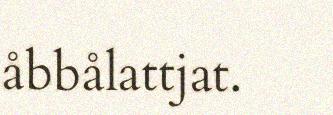
åbbålattjat.